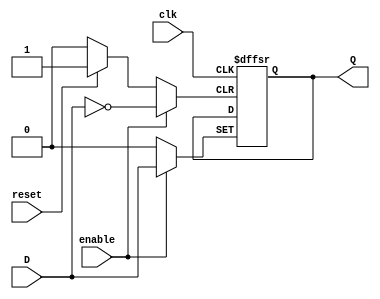
module FFD(input wire clk, reset, enable, D, output reg Q);

  always @(posedge clk or posedge reset or posedge enable)
    begin

      if (reset) Q <= 1'b0;
      else if (enable) Q <= D;
      else Q <= Q;
    end
    
endmodule



module flipflopjk(input wire clk,reset,enable,j,k, output wire Q);

FFD f1(clk,reset,enable,D,Q);

wire NOT1;
wire NOT2;
wire AND1;
wire AND2;

not not1(NOT1,k);
not not2(NOT2,Q);
and and1(AND1,NOT1,j);
and and2(AND2,NOT2,Q);
or or1(D,AND1,AND2);


endmodule